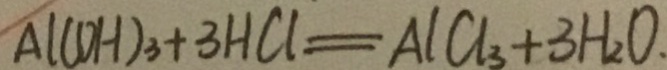
A l ( C O H ) _ { 3 } + 3 H C l = A l C l _ { 3 } + 3 H _ { 2 } O .